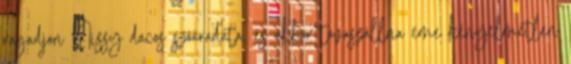
ragadjon Nissy dacos szóáradata, és akkor tovaszállna eme kényelmetlen